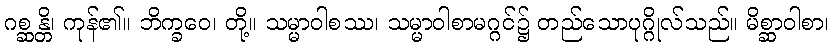
ဂစ္ဆန္တိ၊ ကုန်၏။ ဘိက္ခဝေ၊ တို့။ သမ္မာဝါစဿ၊ သမ္မာဝါစာမဂ္ဂင်၌ တည်သောပုဂ္ဂိုလ်သည်။ မိစ္ဆာဝါစာ၊